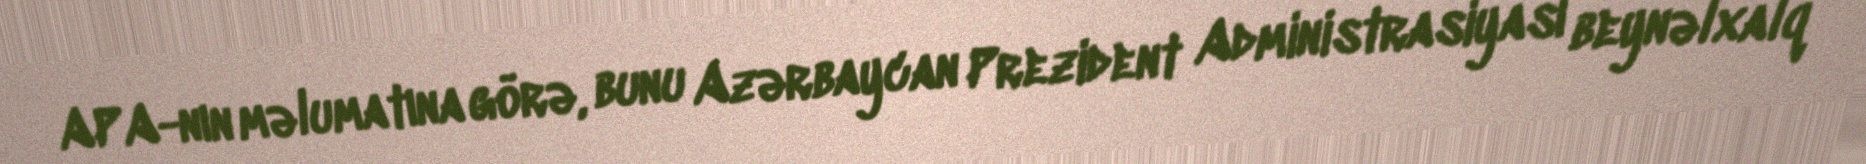
APA-nın məlumatına görə, bunu Azərbaycan Prezident Administrasiyası beynəlxalq